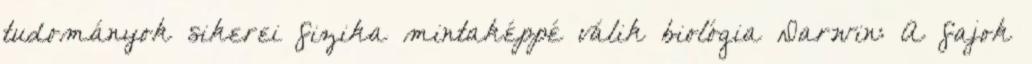
tudományok sikerei fizika mintaképpé válik biológia Darwin: A fajok